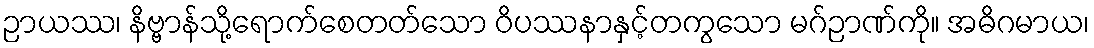
ဉာယဿ၊ နိဗ္ဗာန်သို့ရောက်စေတတ်သော ဝိပဿနာနှင့်တကွသော မဂ်ဉာဏ်ကို။ အဓိဂမာယ၊